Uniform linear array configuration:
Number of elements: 24
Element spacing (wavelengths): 0.25
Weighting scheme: exponential
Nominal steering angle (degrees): -15
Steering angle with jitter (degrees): -16.688
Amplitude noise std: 0.05
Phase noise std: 0.05

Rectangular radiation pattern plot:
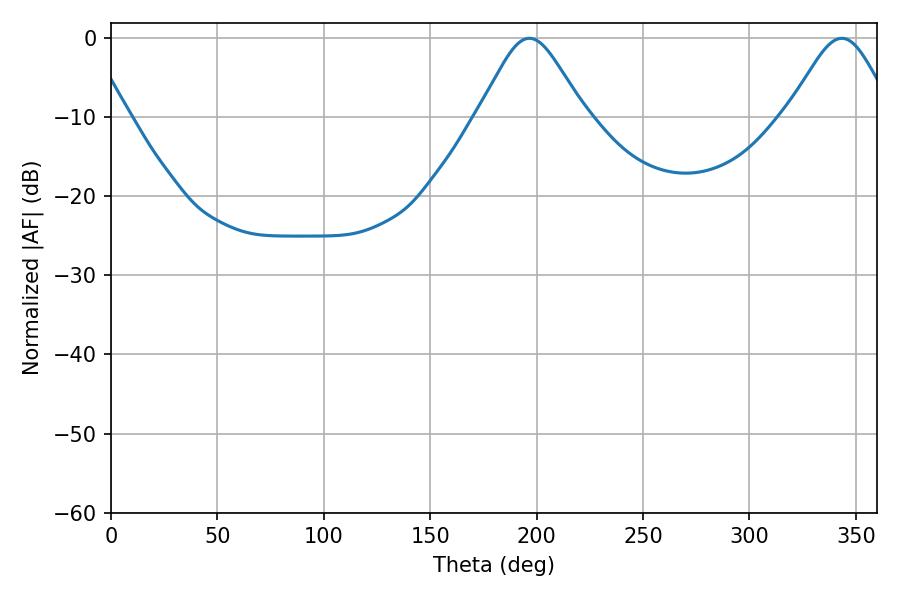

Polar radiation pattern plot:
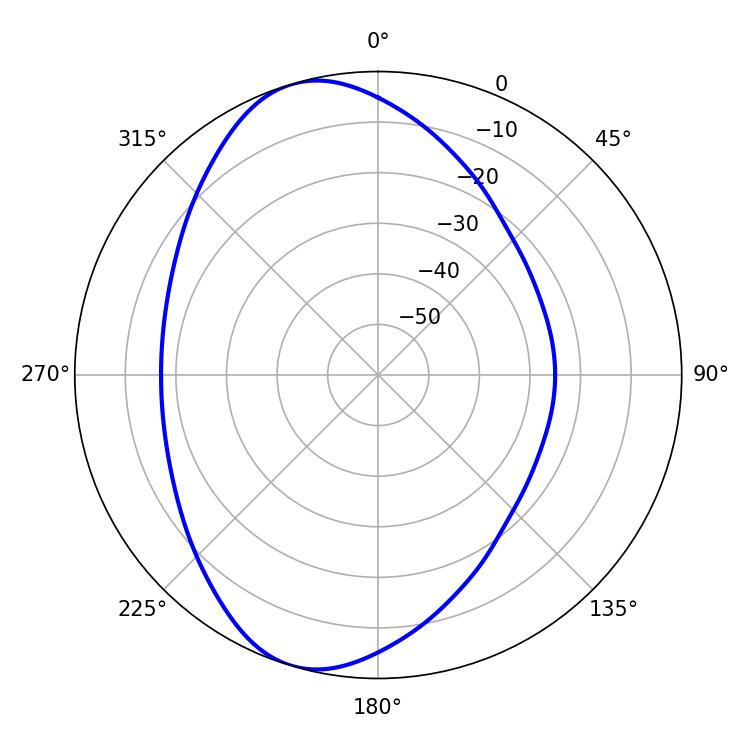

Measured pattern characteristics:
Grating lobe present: FALSE
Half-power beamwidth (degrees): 24.48
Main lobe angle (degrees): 196.56